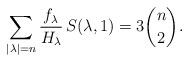
LaTeX: \begin{align*} \sum_{|\lambda|=n}\frac{f_\lambda}{H_\lambda} \, S(\lambda, 1)=3\binom{n}{2}.\end{align*}